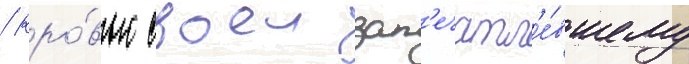
/ кро́вью своеи зап'ечатл'е́вшему